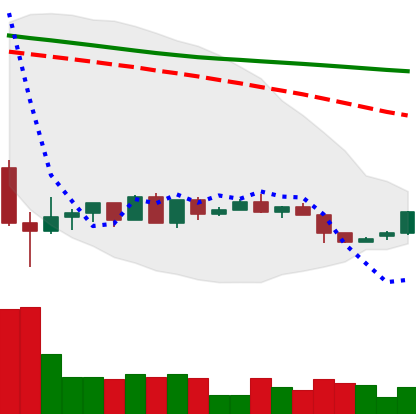
Ticker: LTC-USD
Chart end date: 2022-05-30
Forward return: -7.774%
Label: down_7plus